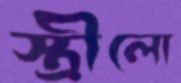
স্ত্রীলো